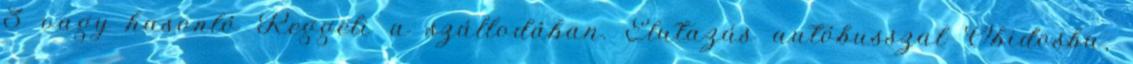
3 vagy hasonló Reggeli a szállodában. Elutazás autóbusszal Obidosba,